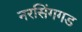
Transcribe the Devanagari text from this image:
नरसिंगगड